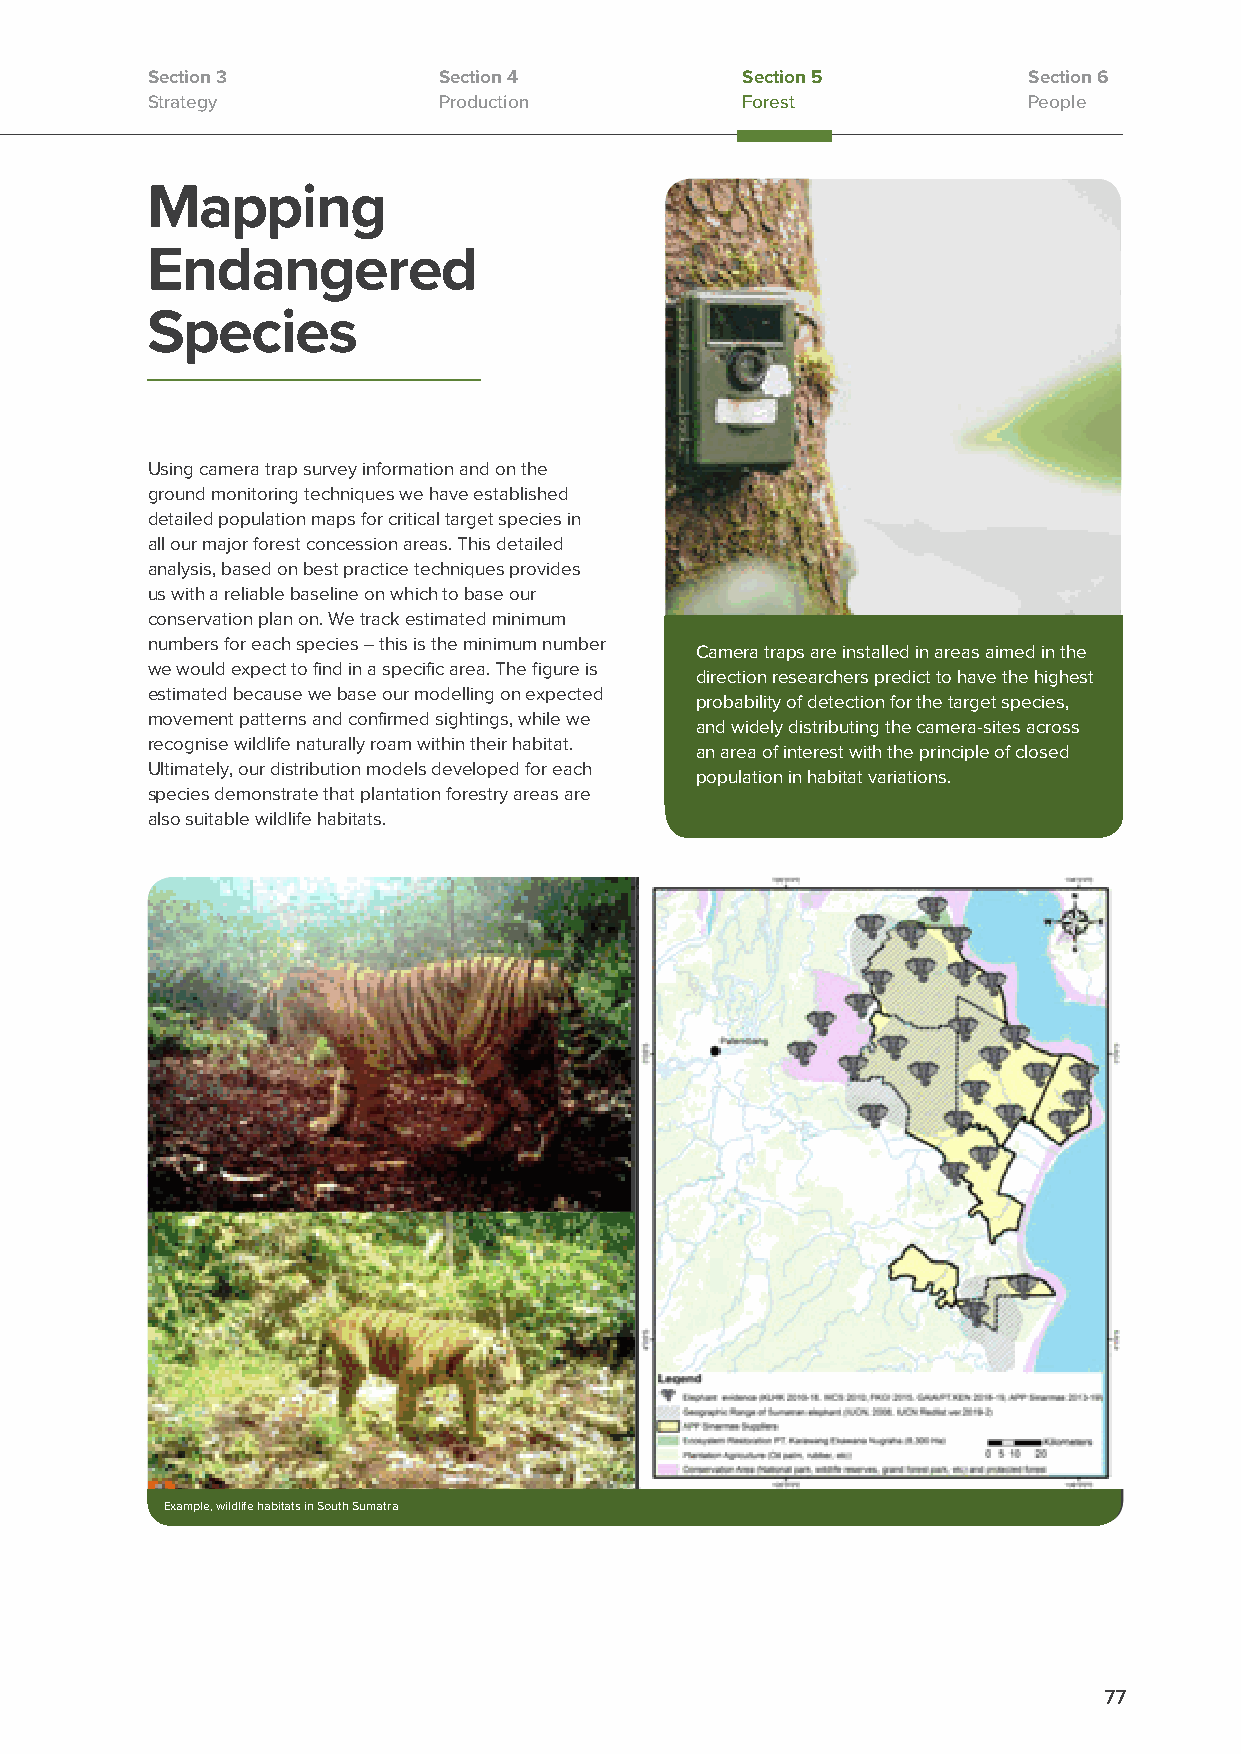
Section 3          Section 4           Section 5          Section 6
 Strategy           Production          Forest             People
 Mapping
 Endangered
 Species
 Using camera trap survey information and on the
 ground monitoring techniques we have established
 detailed population maps for critical target species in
 all our major forest concession areas. This detailed
 analysis, based on best practice techniques provides
 us with a reliable baseline on which to base our
 conservation plan on. We track estimated minimum
 numbers for each species – this is the minimum number
 Camera traps are installed in areas aimed in the
 we would expect to find in a specific area. The figure is
 direction researchers predict to have the highest
 estimated because we base our modelling on expected
 probability of detection for the target species,
 movement patterns and confirmed sightings, while we
 and widely distributing the camera-sites across
 recognise wildlife naturally roam within their habitat.
 an area of interest with the principle of closed
 Ultimately, our distribution models developed for each
 population in habitat variations.
 species demonstrate that plantation forestry areas are
 also suitable wildlife habitats.
 Example, wildlife habitats in South Sumatra
 77